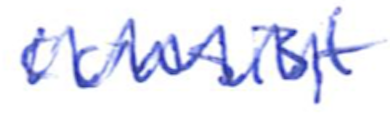
Text: consist
Cross-out: zig-zag
Writing tool: ballpoint